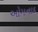
ઓમનાદ